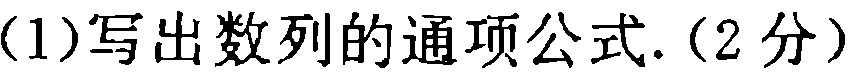
(1)写出数列的通项公式.（2分）